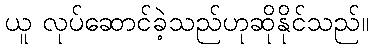
ယူ လုပ်ဆောင်ခဲ့သည်ဟုဆိုနိုင်သည်။